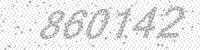
Solution: 860142